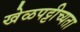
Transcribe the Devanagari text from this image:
खेळपट्टीच्यता